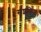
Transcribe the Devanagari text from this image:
संशकित